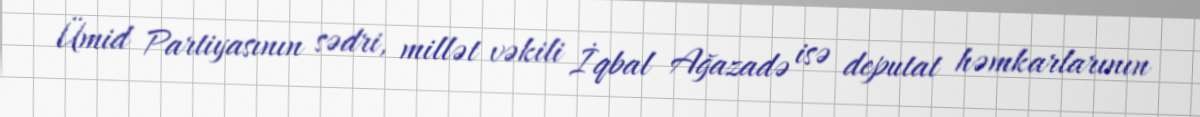
Ümid Partiyasının sədri, millət vəkili İqbal Ağazadə isə deputat həmkarlarının